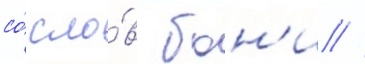
со́ сло́в бон'и //